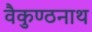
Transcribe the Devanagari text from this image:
वैकुण्ठनाथ